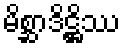
မိစ္ဆာဒိဋ္ဌိဿ